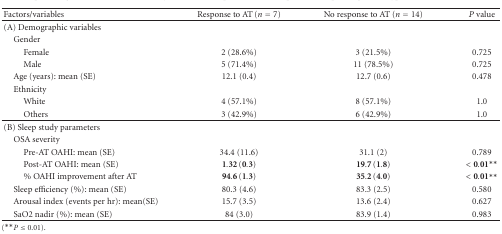
<table><thead><tr><td><b>Factors/variables</b></td><td><b>Response to AT (<i>n</i> = 7)</b></td><td><b>No response to AT (<i>n</i> = 14)</b></td><td><b><i>P</i> value</b></td></tr></thead><tbody><tr><td>(A) Demographic variables</td><td> </td><td> </td><td> </td></tr><tr><td> Gender</td><td> </td><td> </td><td> </td></tr><tr><td>Female</td><td>2 (28.6%)</td><td>3 (21.5%)</td><td>0.725</td></tr><tr><td>Male</td><td>5 (71.4%)</td><td>11 (78.5%)</td><td>0.725</td></tr><tr><td> Age (years): mean (SE)</td><td>12.1 (0.4)</td><td>12.7 (0.6)</td><td>0.478</td></tr><tr><td> Ethnicity</td><td> </td><td> </td><td> </td></tr><tr><td>White</td><td>4 (57.1%)</td><td>8 (57.1%)</td><td>1.0</td></tr><tr><td>Others</td><td>3 (42.9%)</td><td>6 (42.9%)</td><td>1.0</td></tr><tr><td>(B) Sleep study parameters</td><td> </td><td> </td><td> </td></tr><tr><td> OSA severity</td><td> </td><td> </td><td> </td></tr><tr><td>Pre-AT OAHI: mean (SE)</td><td>34.4 (11.6)</td><td>31.1 (2)</td><td>0.789</td></tr><tr><td>Post-AT OAHI: mean (SE)</td><td>1.32 (0.3)</td><td>19.7 (1.8)</td><td>&lt;0.01**</td></tr><tr><td>% OAHI improvement after AT</td><td>94.6 (1.3)</td><td>35.2 (4.0)</td><td>&lt;0.01**</td></tr><tr><td> Sleep efficiency (%): mean (SE)</td><td>80.3 (4.6)</td><td>83.3 (2.5)</td><td>0.580</td></tr><tr><td> Arousal index (events per hr): mean(SE)</td><td>15.7 (3.5)</td><td>13.6 (2.4)</td><td>0.627</td></tr><tr><td> SaO2 nadir (%): mean (SE)</td><td>84 (3.0)</td><td>83.9 (1.4)</td><td>0.983</td></tr></tbody></table>